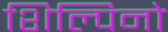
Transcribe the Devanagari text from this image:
शिल्पिनो